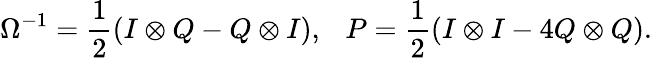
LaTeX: \Omega^{-1}=\frac{1}{2}(I\otimes Q-Q\otimes I),~~~P=\frac{1}{2}(I\otimes I-4Q\otimes Q).